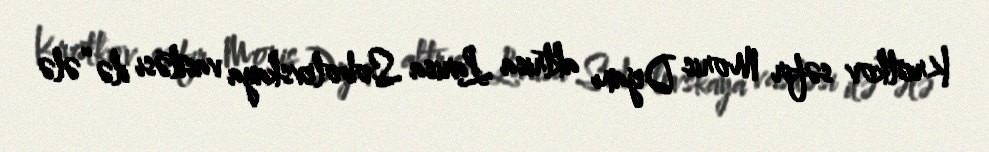
Krotkov səfir Moris Dejanı aktrisa Larisa Sobolevskaya vasitəsi ilə “ələ